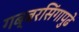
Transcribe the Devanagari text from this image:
गब्बरसिंगापुढे